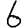
Digit: 6